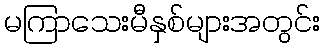
မကြာသေးမီနှစ်များအတွင်း